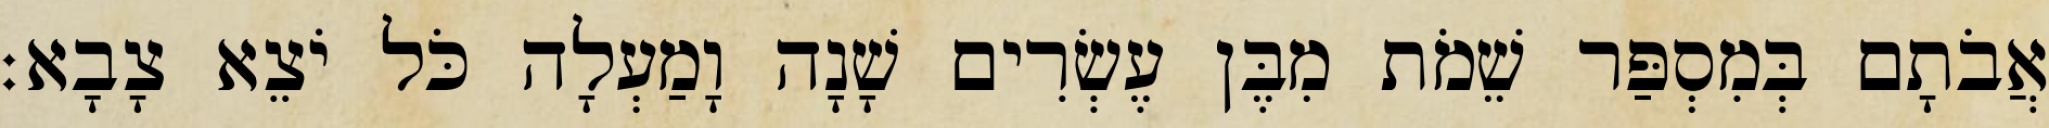
אֲבֹתָם בְּמִסְפַּר שֵׁמֹת מִבֶּן עֶשְׂרִים שָׁנָה וָמַעְלָה כֹּל יֹצֵא צָבָא׃